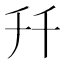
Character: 𠦅